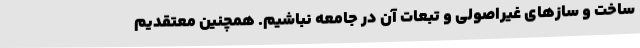
ساخت و سازهای غیراصولی و تبعات آن در جامعه نباشیم. همچنین معتقدیم